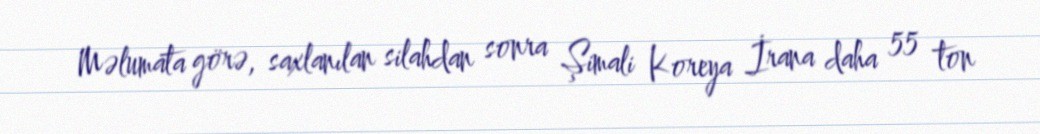
Məlumata görə, saxlanılan silahdan sonra Şimali Koreya İrana daha 55 ton